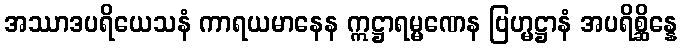
အဿာဒပရိယေသနံ ကာရယမာနေန ဣဋ္ဌာရမ္မဏေန ဗြဟ္မဋ္ဌာနံ အပရိစ္ဆိန္နေ